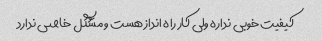
کیفیت خوبی نداره ولی کار راه انداز هست و مشگل خاصی ندارد